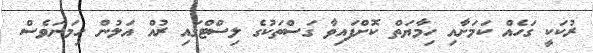
ރުކަކީ ގަހެއް ކަމަށާއި ހިމާޔަތް ކޮށްފައިވާ ގަސްތަކުގެ ލިސްޓްގައި ރުއް އަލުން ހިމަނަވެސް